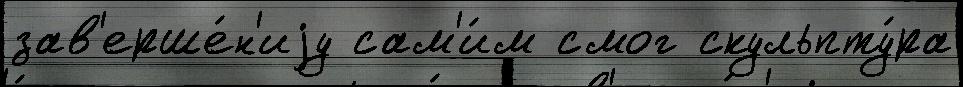
зав'ерше́н'иjу сам'и́м смог скульпту́ра